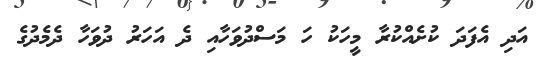
އަދި އެފަދަ ކުށެއްކުރާ މީހަކު ހަ މަސްދުވަހާއި ދެ އަހަރު ދުވަހާ ދެމެދުގެ